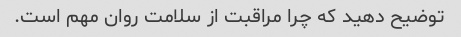
توضیح دهید که چرا مراقبت از سلامت روان مهم است.